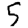
Digit: 5